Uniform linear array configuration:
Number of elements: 12
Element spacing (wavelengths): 0.25
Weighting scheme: binomial
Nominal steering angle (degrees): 60
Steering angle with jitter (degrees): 61.371
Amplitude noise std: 0.05
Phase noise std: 0.05

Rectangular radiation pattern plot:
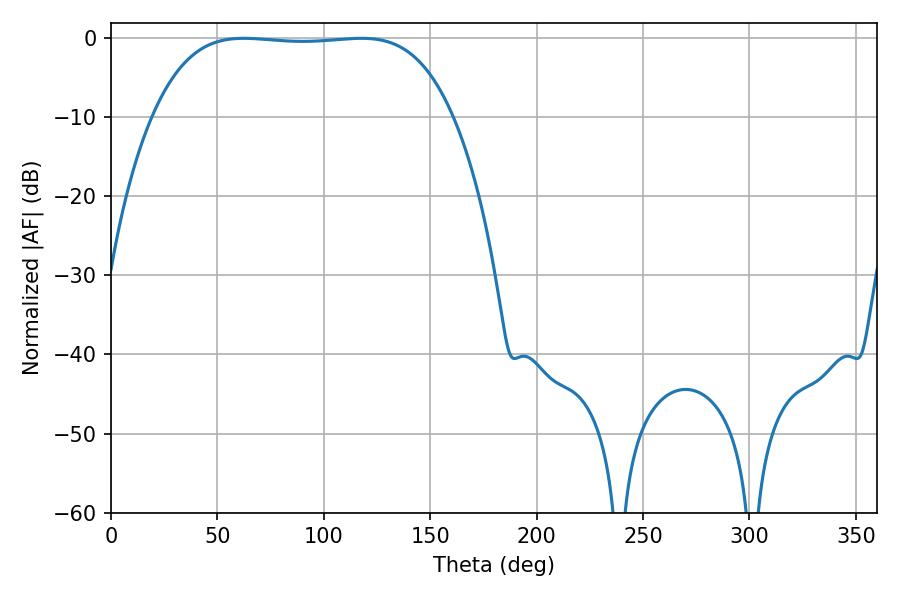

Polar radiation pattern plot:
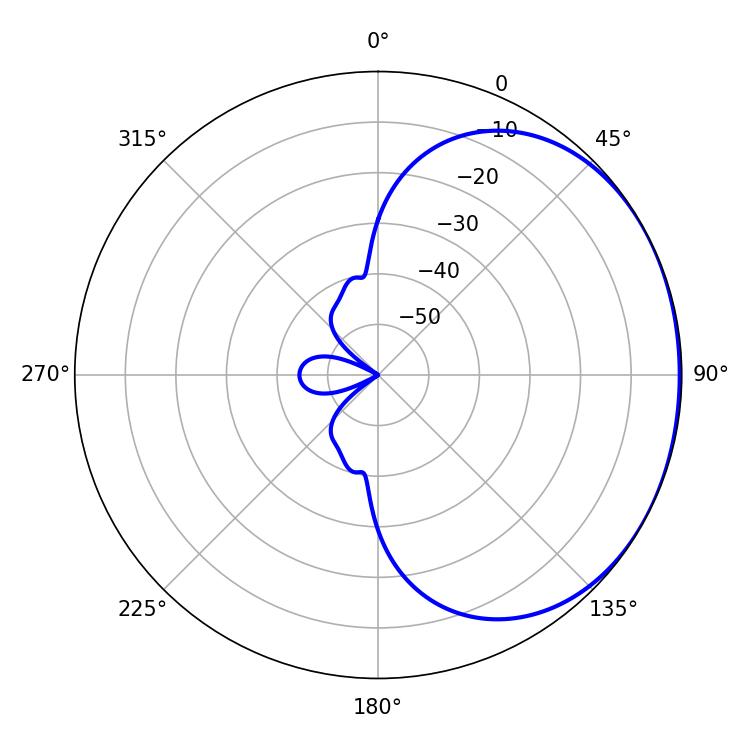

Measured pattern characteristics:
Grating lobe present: FALSE
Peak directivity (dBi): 1.052
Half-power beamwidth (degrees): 110.16
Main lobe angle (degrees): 62.28